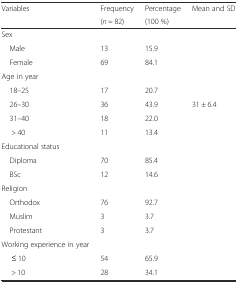
| <ROWSPAN=2> Variables | Frequency | Percentage | <ROWSPAN=2> Mean and SD |
 | (n = 82) | (100 %) |
 | --- | --- | --- | --- |
 | Sex |  |  |  |
 | Male | 13 | 15.9 |  |
 | Female | 69 | 84.1 |  |
 | Age in year |  |  |  |
 | 18–25 | 17 | 20.7 |  |
 | 26–30 | 36 | 43.9 | 31 ± 6.4 |
 | 31–40 | 18 | 22.0 |  |
 | > 40 | 11 | 13.4 |  |
 | Educational status |  |  |  |
 | Diploma | 70 | 85.4 |  |
 | BSc | 12 | 14.6 |  |
 | Religion |  |  |  |
 | Orthodox | 76 | 92.7 |  |
 | Muslim | 3 | 3.7 |  |
 | Protestant | 3 | 3.7 |  |
 | Working experience in year |  |  |  |
 | ≤ 10 | 54 | 65.9 |  |
 | > 10 | 28 | 34.1 |  |